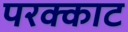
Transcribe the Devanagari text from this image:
परक्काट